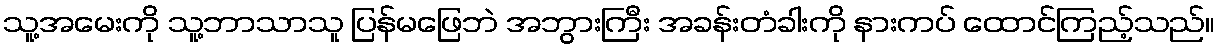
သူ့အမေးကို သူ့ဘာသာသူ ပြန်မဖြေဘဲ အဘွားကြီး အခန်းတံခါးကို နားကပ် ထောင်ကြည့်သည်။